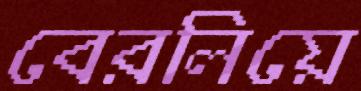
বেরলিয়ে